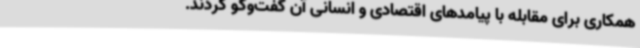
همکاری برای مقابله با پیامدهای اقتصادی و انسانی آن گفت‌وگو کردند.